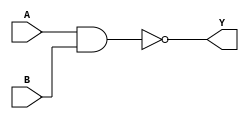
module nand_gate(Y,A,B);
	input A,B;
	output Y;
	nand (Y,A,B);
endmodule